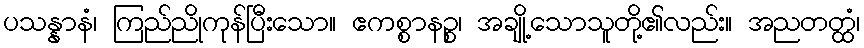
ပသန္နာနံ၊ ကြည်ညိုကုန်ပြီးသော။ ဧကစ္စာနဉ္စ၊ အချို့သောသူတို့၏လည်း။ အညတတ္ထံ၊